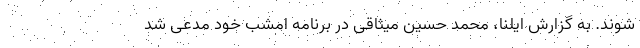
‌شوند. به گزارش ایلنا، محمد حسین میثاقی در برنامه امشب خود مدعی شد